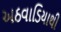
અઠવાડિયાથી